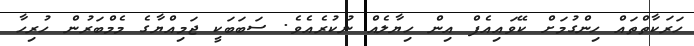
ހަރަކާތްތައް ހިންގުމަަށް ކޭވައިއެފް އިން ހިޔާލެއް ނުކުރެއެވެ. ސަބަބަކީ ޖަމިއްޔާގެ މެމްބަރުން ހުރިހާ